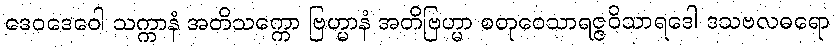
ဒေဝဒေဝေါ သက္ကာနံ အတိသက္ကော ဗြဟ္မာနံ အတိဗြဟ္မာ စတုဝေသာရဇ္ဇဝိသာရဒေါ ဒသဗလဓရော